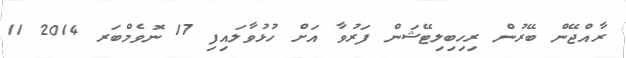
ރާއްޖޭން ބޭރުން ރިހިބިލިޓޭޝަން ފަރުވާ އަށް ހުޅުވާލައިފި 17 ނޮވެމްބަރ 2014 11